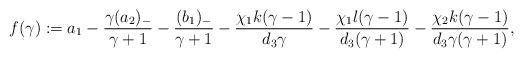
LaTeX: \begin{align*}f(\gamma):=a_1-\frac{\gamma(a_2)_- }{\gamma+1}-\frac{(b_1)_-}{\gamma+1}-\frac{\chi_1k(\gamma-1)}{d_3\gamma}-\frac{\chi_1l(\gamma-1)}{d_3(\gamma+1)}-\frac{\chi_2k(\gamma-1)}{d_3\gamma(\gamma+1)},\end{align*}